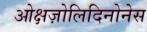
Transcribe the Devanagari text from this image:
ओक्षज़ोलिदिनोनेस